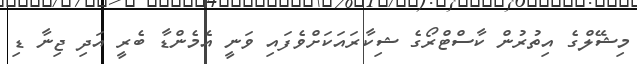
މިޝޭލްގެ އިތުރުން ކާސްޓްރޯގެ ޝިކާރައަކަށްވެފައި ވަނީ އެމެންޑާ ބެރީ އަދި ޖިނާ ޑި